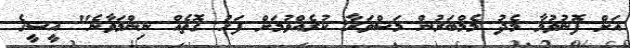
އަށް ފޮނުވުމާ މެދު މެމްބަރުން މަޝްވަރާ ކުރެއްވުމަށް ފަހު ގޮތެއް ނިންމަވާނެ" އީސީގެ